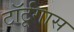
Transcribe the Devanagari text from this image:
टॉर्टूगास